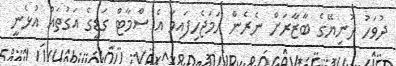
ދުވަހު ދުނިޔޭގެ ބާޒާރަށް ނެރެން ހަމަޖެހިފައިވާ އެ ސްމާޓް ގަޑީގެ އަގުތައް އުޅެނީ